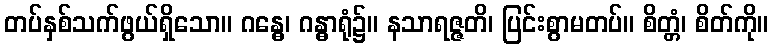
တပ်နှစ်သက်ဖွယ်ရှိသော။ ဂန္ဓေ၊ ဂန္ဓာရုံ၌။ နသာရဇ္ဇတိ၊ ပြင်းစွာမတပ်။ စိတ္တံ၊ စိတ်ကို။